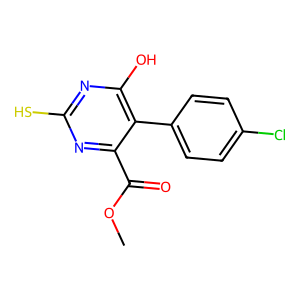
SMILES: COC(=O)c1nc(S)nc(O)c1-c1ccc(Cl)cc1
Inhibits HIV replication: Yes